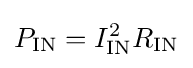
P_{\text{IN}}=I_{\text{IN}}^{2}R_{\text{IN}}